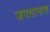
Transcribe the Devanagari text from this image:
जपतानाच